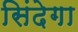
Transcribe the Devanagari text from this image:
सिंदेगा